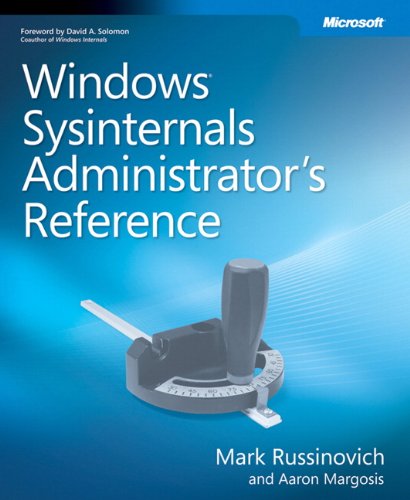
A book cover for Windows Sysinternals Administrator's Reference; Aaron Margosis; Computers & Technology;